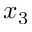
x _ { 3 }